Indian Medical Review
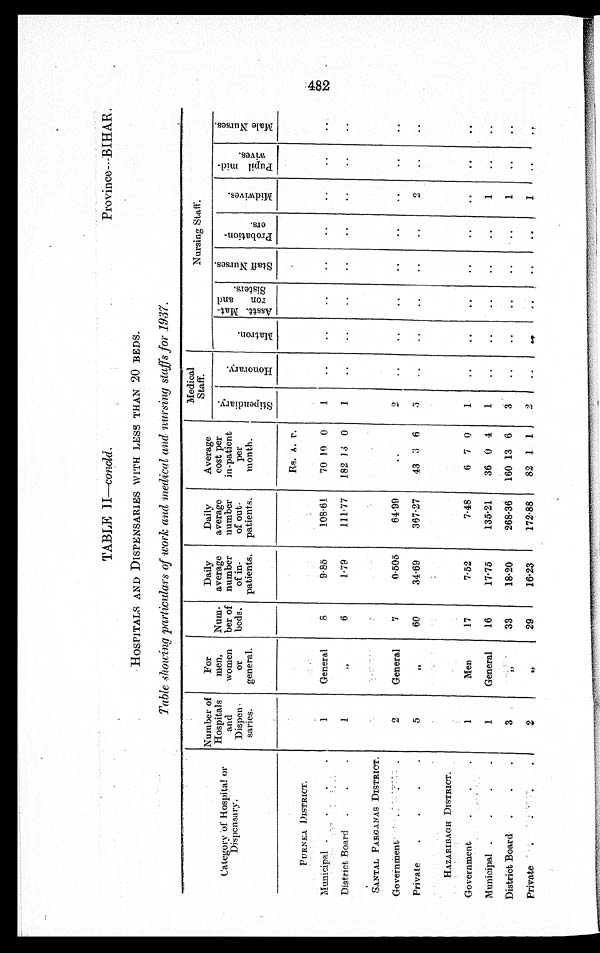
TABLE II—concld. Province—BIHAR.
HOSPITALS AND DISPENSARIES WITH LESS THAN 20 BEDS.
Table showing particulars of work and medical and nursing staffs for 1937.
C ategory of Hospital or
Dispensary.
Number of
Hospitals
and
Dispen -
saries.
For
men,
women
or
general.
Num-
ber of
beds.
Daily
average
number
of in-
patients.
Daily
average
number
of out-
patients.
Average
cost per
in-patient
per
month.
Medical
Staff.
N u r s i n g S t a f f .
S t i p e n d i a r y .
H o n o r a r y .
M a t r o n .
A s s t t . Ma t .
r o n a n d
S i s t e r s .
S t a f f N u r s e s .
P r o b a t i o n .
e r s .
M i d w i v e s .
P u p i l m i d .
w i v e s .
M a l e N u r s e s .
PURNEA _DISTRICT.
1
General
8
9.85
108.61
Rs. A. P.
1
..
..
..
..
..
..
..
..
70 10 0
Municipal .
.
.
District, Board
.
.
.
1
,,
6
1.79
111.77
182 13 0
1
..
..
..
..
..
..
..
..
SANTAL PARGANAS DISTRICT.
2
General
7
0-505
64.99
..
2
..
..
..
..
..
..
..
..
Government'
Private
.
.
.
.
5
, ,
60
34.69
367.27
43 3 6
5
..
..
..
..
..
2
..
..
HAZARIBAGH DISTRICT.
1
Men
17
7.52
7.48
6 7 0
1
..
..
..
..
..
..
..
..
Government
.
.
.
Municipal .
.
.
.
1
General
16
17.75
135.21
36 0 4
1
..
..
..
..
..
1
..
..
District Board .
.
.
3
,,
33
18.20
268.36
160 13 6
3
..
..
..
..
..
1
..
. .
Private
. .
2
,,
29
16.23
172.88
82 1 1
2
..
. .
..
• •
..
1
..
..